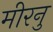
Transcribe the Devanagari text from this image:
मीरनु